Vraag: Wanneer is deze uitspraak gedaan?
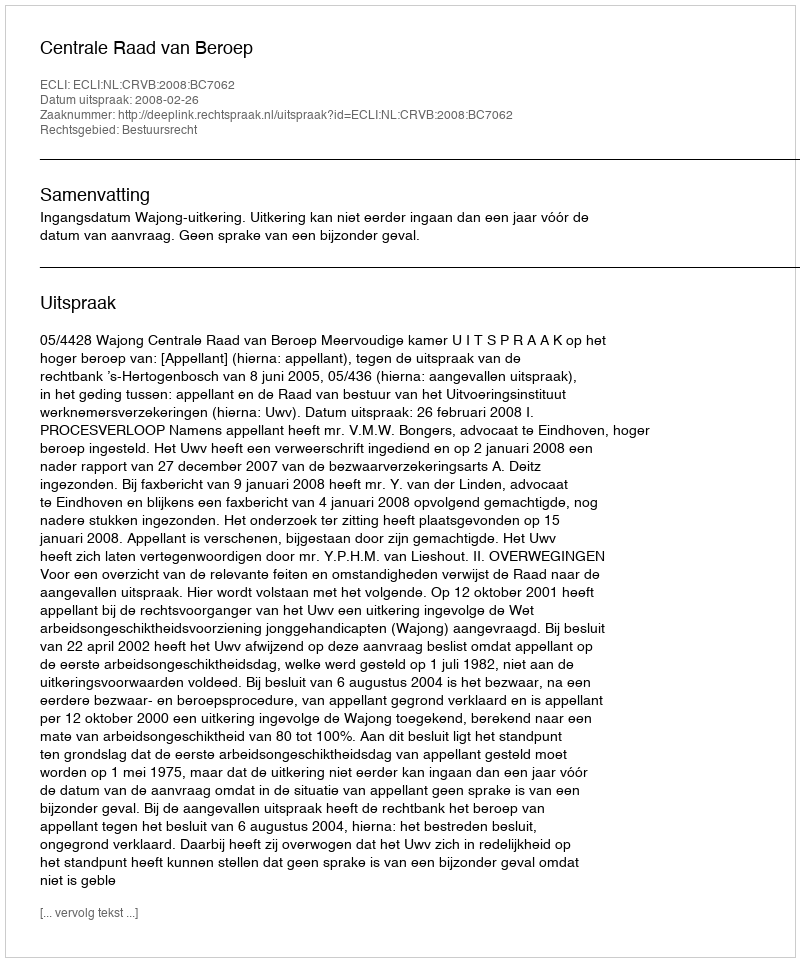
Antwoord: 2008-02-26